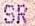
SR